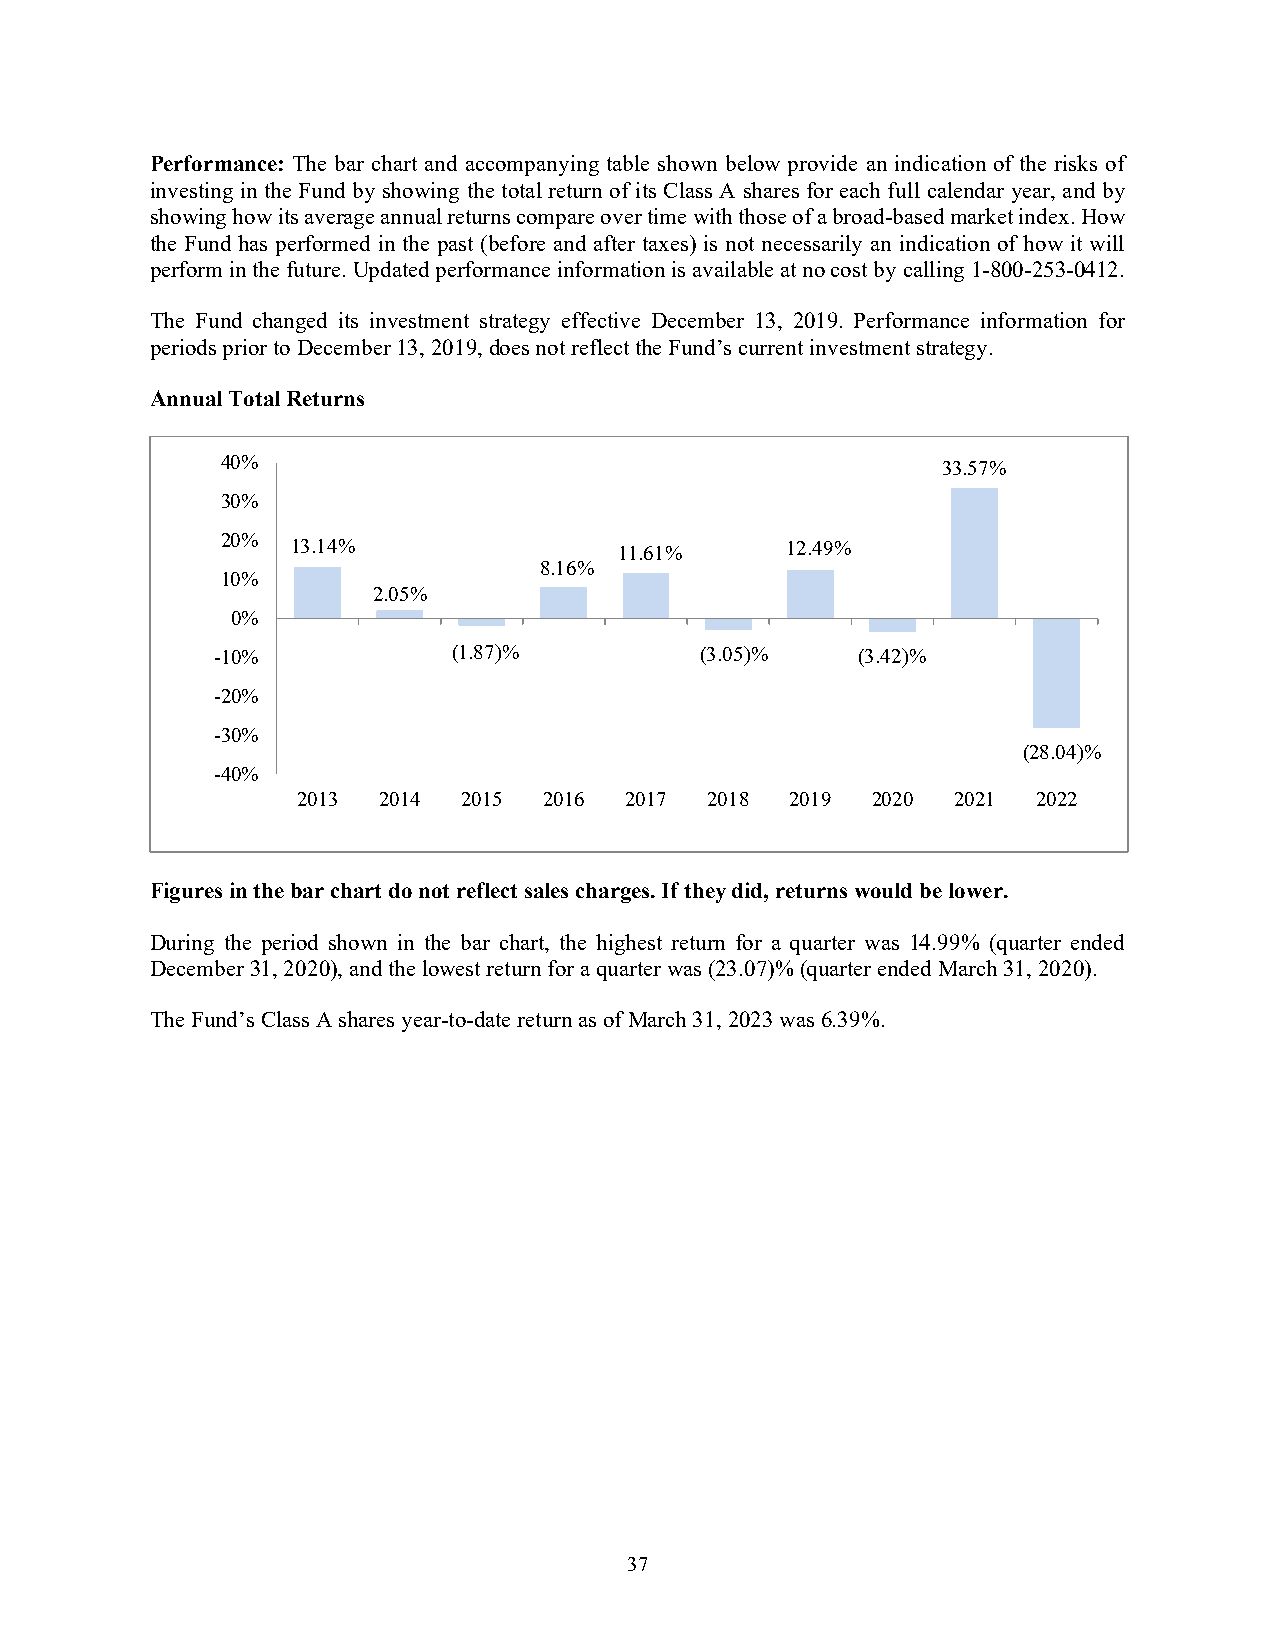
Performance: The bar chart and accompanying table shown below provide an indication of the risks of
 investing in the Fund by showing the total return of its Class A shares for each full calendar year, and by
 showing how its average annual returns compare over time with those of a broad-based market index. How
 the Fund has performed in the past (before and after taxes) is not necessarily an indication of how it will
 perform in the future. Updated performance information is available at no cost by calling 1-800-253-0412.
 The Fund changed its investment strategy effective December 13, 2019. Performance information for
 periods prior to December 13, 2019, does not reflect the Fund’s current investment strategy.
 Annual Total Returns
 40%
 33.57%
 30%
 20% 13.14%                11.61%     12.49%
 8.16%
 10%
 2.05%
 0%
 -10%            (1.87)%         (3.05)%    (3.42)%
 -20%
 -30%
 (28.04)%
 -40%
 2013 2014  2015 2016 2017  2018 2019  2020 2021  2022
 Figures in the bar chart do not reflect sales charges. If they did, returns would be lower.
 During the period shown in the bar chart, the highest return for a quarter was 14.99% (quarter ended
 December 31, 2020), and the lowest return for a quarter was (23.07)% (quarter ended March 31, 2020).
 The Fund’s Class A shares year-to-date return as of March 31, 2023 was 6.39%.
 37